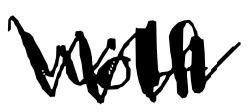
Text: Wolf
Cross-out: zig-zag
Writing tool: digital_black